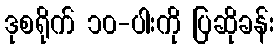
ဒုစရိုက် ၁၀-ပါးကို ပြဆိုခန်း